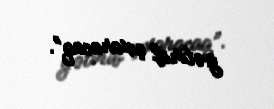
gətirib çıxaracaq”.